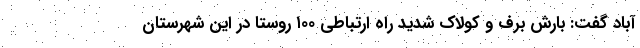
آباد گفت: بارش برف و کولاک شدید راه ارتباطی ۱۰۰ روستا در این شهرستان